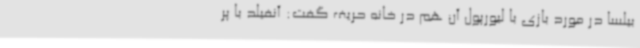
بیلسا در مورد بازی با لیورپول آن هم در خانه حریف گفت: آنفیلد با پر